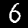
Digit: 6